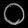
Digit: ၀